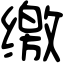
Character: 缴